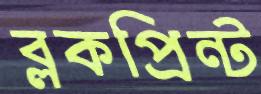
ব্লকপ্রিন্ট